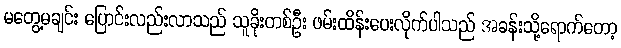
မတွေ့မချင်း ပြောင်းလည်းလာသည် သူခိုးတစ်ဦး ဖမ်းထိန်းပေးလိုက်ပါသည် အခန်းသို့ရောက်တော့